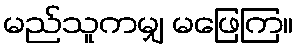
မည်သူကမျှ မဖြေကြ။